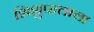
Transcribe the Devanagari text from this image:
शिशुपालाला